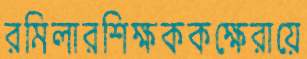
রমিলারশিক্ষককক্ষেরায়ে